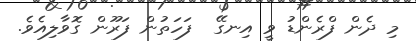
މި ދެން ފްރެންޑު ވީ އިނގޭ  ފަހަތުން ފަރޫން ގޮވާލިއެވެ.